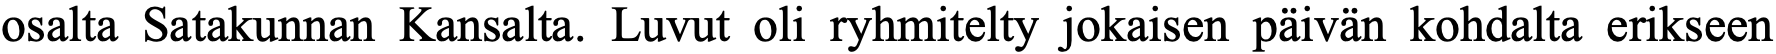
osalta Satakunnan Kansalta. Luvut oli ryhmitelty jokaisen päivän kohdalta erikseen